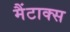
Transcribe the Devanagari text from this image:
मैंटाक्स